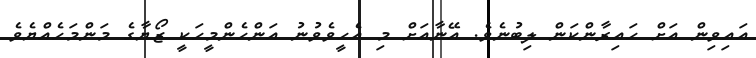
އައިވިން އަށް ހައިރާންކަން ލިބުނެވެ. އޭނާއަށް މި އެހީވެވުނު އަންހެންމީހަކީ ޒޯޔާގެ މަންމަހެއްޔެވެ